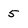
Character: 5